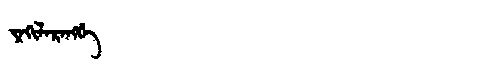
Manchu: ᠶᠠᡴᡳᠯᠠᡵᠠᠩᡤᡝ
Romanization: YAKILARANGGE